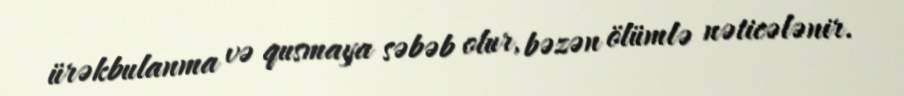
ürəkbulanma və qusmaya səbəb olur, bəzən ölümlə nəticələnir.